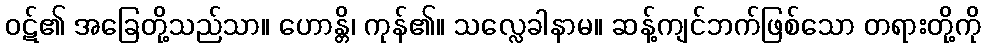
ဝဋ်၏ အခြေတို့သည်သာ။ ဟောန္တိ၊ ကုန်၏။ သလ္လေခါနာမ။ ဆန့်ကျင်ဘက်ဖြစ်သော တရားတို့ကို